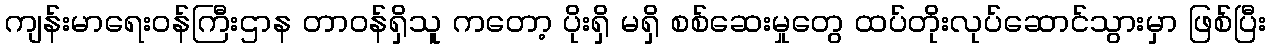
ကျန်းမာရေးဝန်ကြီးဌာန တာဝန်ရှိသူ ကတော့ ပိုးရှိ မရှိ စစ်ဆေးမှုတွေ ထပ်တိုးလုပ်ဆောင်သွားမှာ ဖြစ်ပြီး